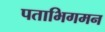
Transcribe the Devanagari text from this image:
पताभिगमन